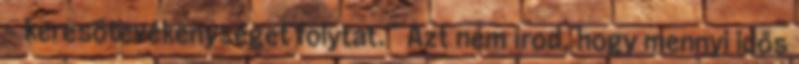
– keresőtevékenységet folytat.” Azt nem írod, hogy mennyi idős